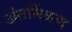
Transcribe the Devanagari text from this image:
अंतर्मिश्रण